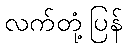
လက်တုံ့ပြန်